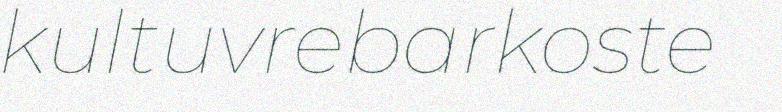
kultuvrebarkoste